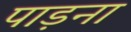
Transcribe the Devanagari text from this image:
पाड़ना